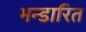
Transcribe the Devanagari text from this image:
भन्‍डारित